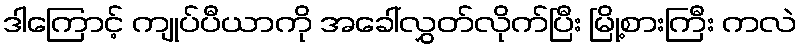
ဒါကြောင့် ကျုပ်ပီယာကို အခေါ်လွှတ်လိုက်ပြီး မြို့စားကြီး ကလဲ